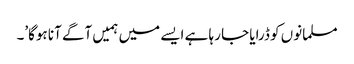
مسلمانوں کو ڈرایا جا رہا ہے ایسے میں ہمیں آگے آنا ہوگا’۔